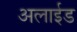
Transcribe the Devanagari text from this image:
अलाईड